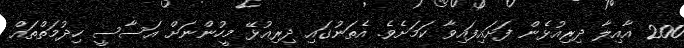
200 އާއިލާ ދިރިއުޅެން ފަށައިފައިވާ ކަމަށެވެ. އެތަނުގައި ދިރިއުޅޭ މީހުންނަށް އަސާސީ ހިދުމަތްތައް